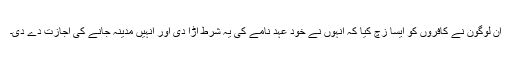
ان لوگون نے کافروں کو ایسا زچ کیا کہ انہوں نے خود عہد نامے کی یہ شرط اڑا دی اور انہیں مدینہ جانے کی اجازت دے دی۔